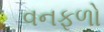
વનફળો